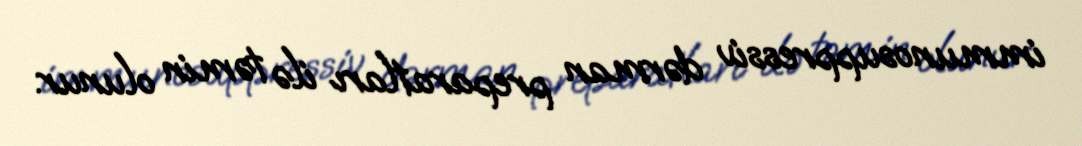
immunosuppressiv dərman preparatları ilə təmin olunur.